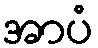
အာပံ